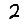
Digit: 2